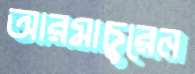
আরমাচুরেন